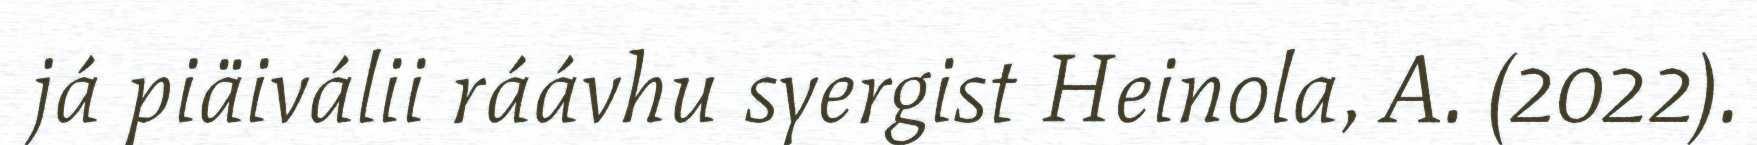
já piäiválii ráávhu syergist Heinola, A. (2022).